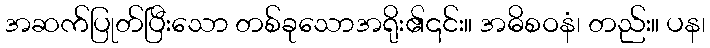
အဆက်ပြုတ်ပြီးသော တစ်ခုသောအရိုး၏၎င်း။ အဓိစဝနံ၊ တည်း။ ပန၊